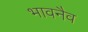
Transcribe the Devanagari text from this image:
भावनैव